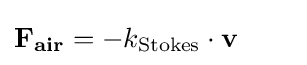
\mathbf {F_{air}} =-k_{\mathrm {Stokes} }\cdot \mathbf {v} \qquad